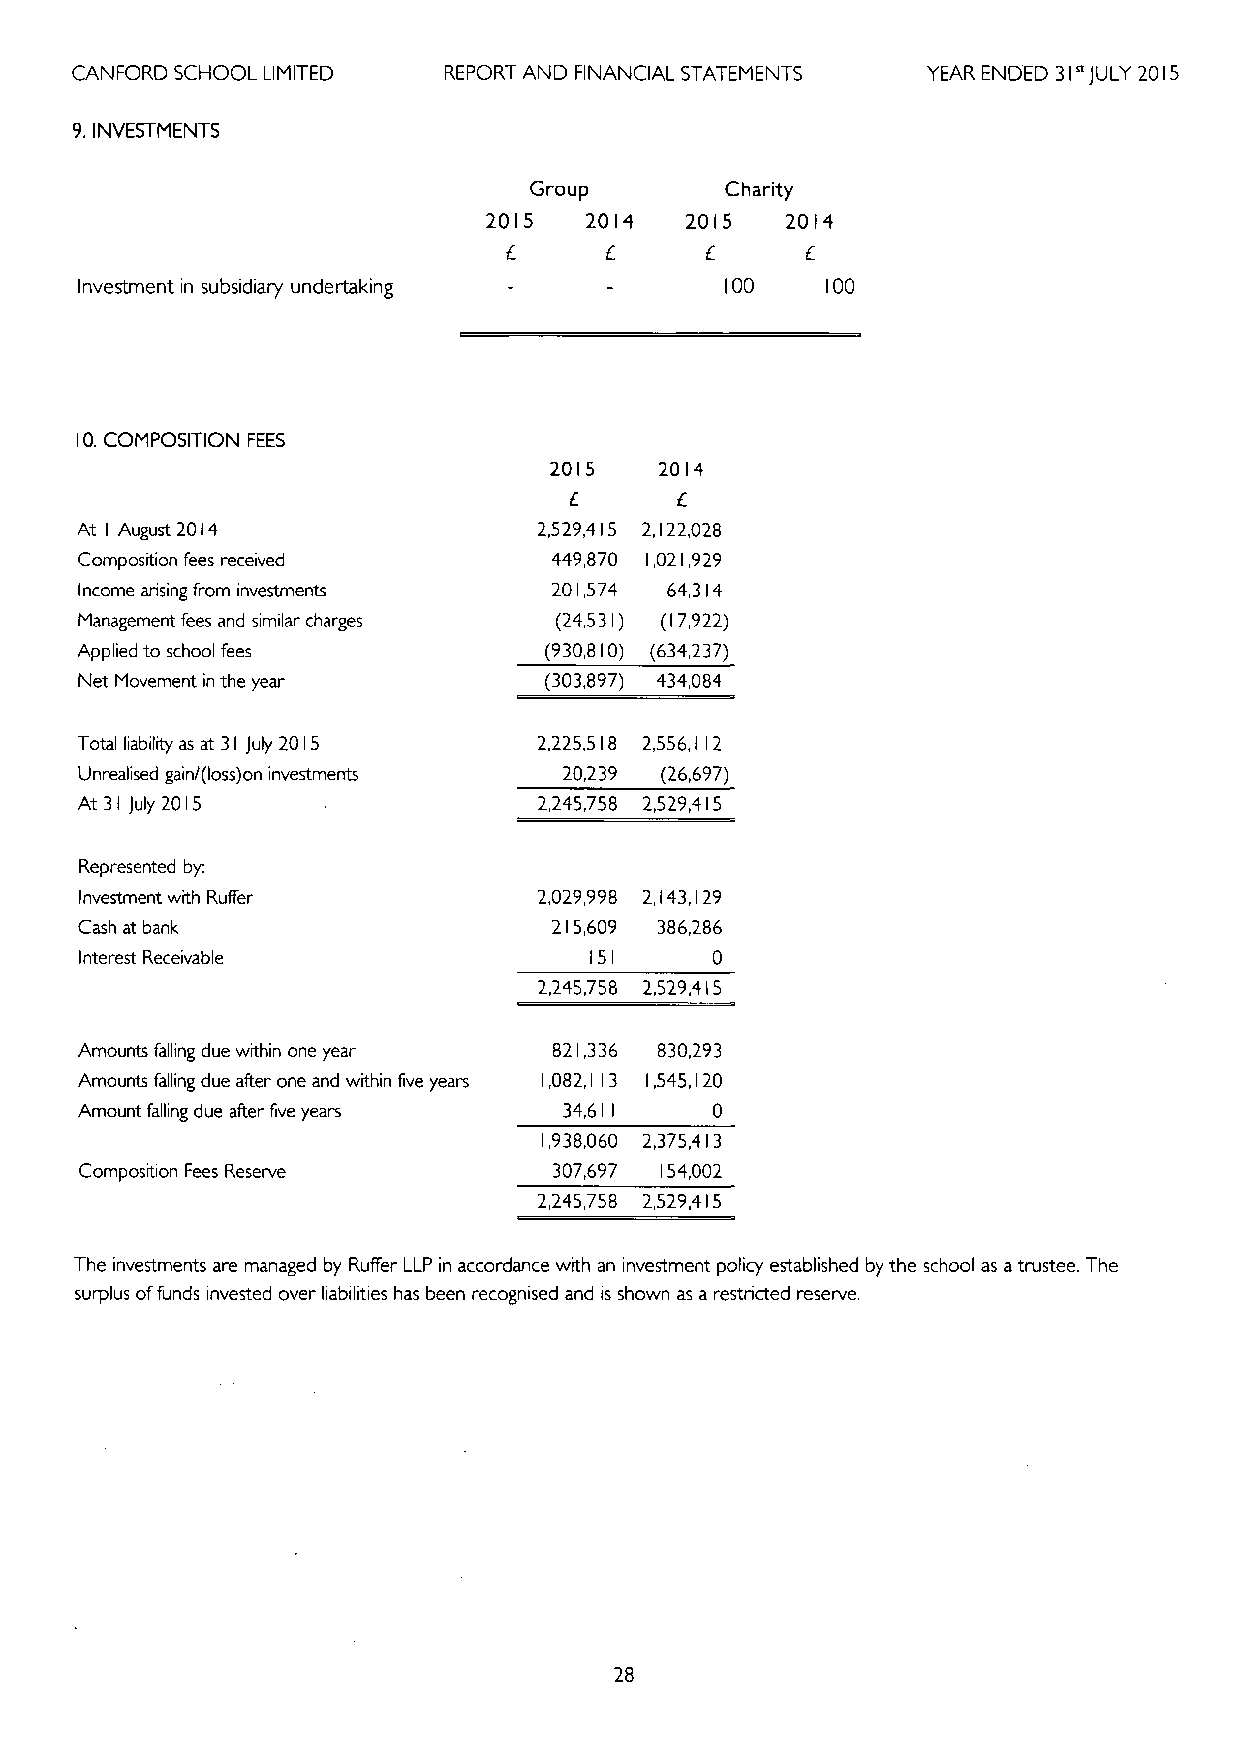
CANFORD SCHOOL LIMITED  REPORT AND FINANCIAL STATEMENTS YEAR ENDED 31 JULY 2015
 9.INVESTMENTS
 Group        Charity
 2015   2014  2015   2014
 Investment in subsidiary undertaking       100    100
 10.COMPOSITION FEES
 2015    2014
 At
 I
 August 2014                 2,529,4 I5 2,122,028
 Composition fees received       449,870 1,021,929
 Income arising from investments 201,574 64,314
 Management fees and similar charges (24,531) (17,922)
 Applied to school fees         (930,810) (634,237)
 Net Movement in the year       (303,897) 434,084
 Total liability as at 31 July 2015 2,225,518 2,556,112
 Unrealised gain/(loss) on investments 20,239 (26,697)
 At 31 July 2015                2,245,758 2,529,415
 Represented by.
 Investment with Ruffer         2,029,998 2,143,129
 Cash at bank                    215,609 386,286
 Interest Receivable               151     0
 2,245,758 2,52.9,415
 Amounts falling due within one year 821,336 830,293
 Amounts falling due after one and within five years 1,082,113 1,545,120
 Amount falling due after five years 34,611 0
 1,938,060 2,375,413
 Composition Fees Reserve        307,697 154,002
 2,245,758 2,529,415
 The investments are managed by Ruffer LLP in accordance with an investment policy established by the school as atrustee. The
 surplus offunds invested over liabilities has been recognised and is shown as a restricted reserve.
 28